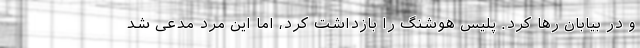
و در بیابان رها کرد. پلیس هوشنگ را بازداشت کرد، اما این مرد مدعی شد